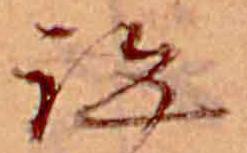
跡